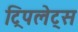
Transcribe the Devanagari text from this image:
ट्रिपलेट्स